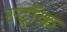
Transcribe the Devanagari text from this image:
स्ट्रॉक